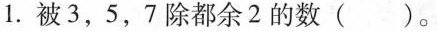
1.被3，5，7除都余2的数()。